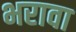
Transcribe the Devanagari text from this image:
भरावा